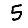
Digit: 5